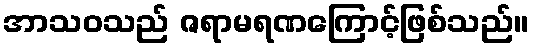
အာသဝသည် ဇရာမရဏကြောင့်ဖြစ်သည်။